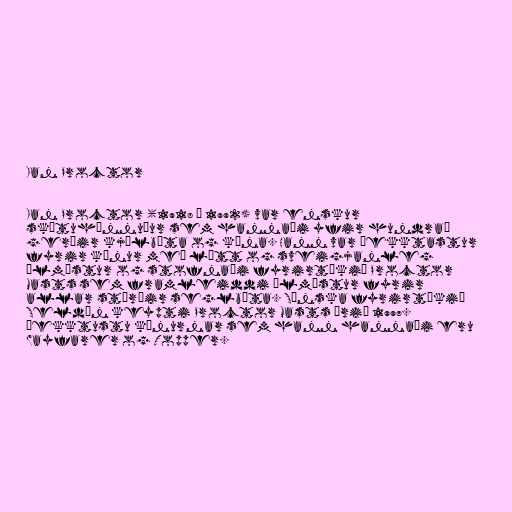
Ian Proctor

Ian Proctor (1918 – 1992) var enskur
skútuhönnuður sem hannaði yfir hundrað
gerðir kjölbáta og kæna. Hann var þekktastur
fyrir kænur með létt og sveigjanleg
álmöstur og stofnaði fyrirtækið Proctor
Masts sem framleiddi álmöstur fyrir
allar stærðir seglbáta. Sænska fyrirtækið
Seldén keypti Proctor Masts árið 1997.
Þekktustu kænurnar sem hann hannaði eru
Wayfarer og Topper.